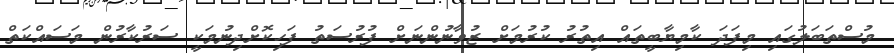
މުސްތަބަލުގައި މިފަދަ ކާމިޔާބީތައް އިތުރު ކުރުމަށް ޒުވާނުންނަށް ފުރުސަތު ފަހިކޮށްދިނުމަކީ ސަރުކާރުން މަސައްކަތް